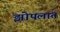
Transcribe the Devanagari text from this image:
झोपलात